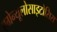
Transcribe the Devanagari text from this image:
एग्रेन्यूलोसाइटोसिस